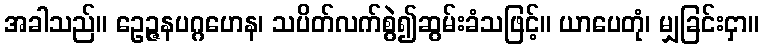
အခါသည်။ ဥေဉ္ဇနပဂ္ဂဟေန၊ သပိတ်လက်စွဲ၍ဆွမ်းခံသဖြင့်။ ယာပေတုံ၊ မျှခြင်းငှာ။